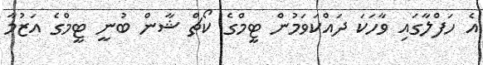
އެ ހަފްލާގައި ވާހަކަ ދައްކަވަމުން ޓީމްގެ ކޯޗް ޝާން ބުނީ ޓީމްގެ އަޒުމާ